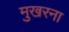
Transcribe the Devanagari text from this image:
मुखरना